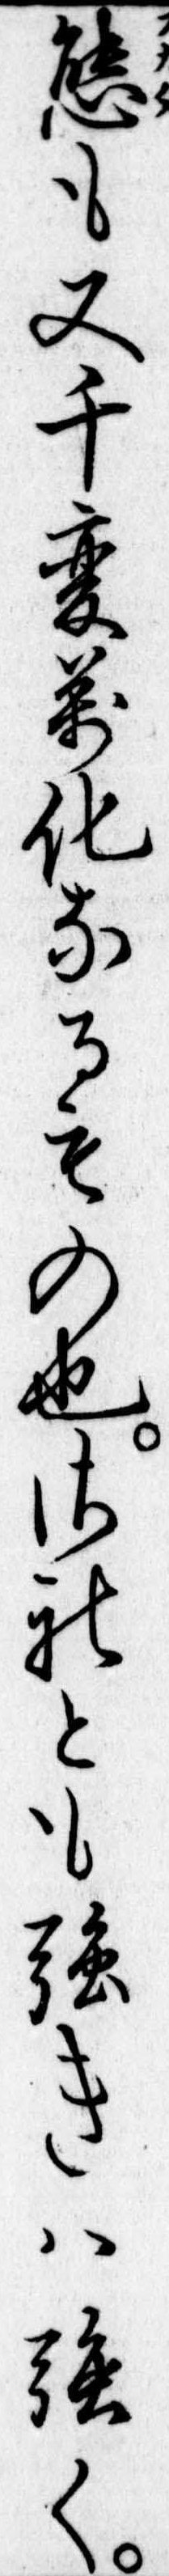
態も又千変万化なるもの也されとも強きは強く